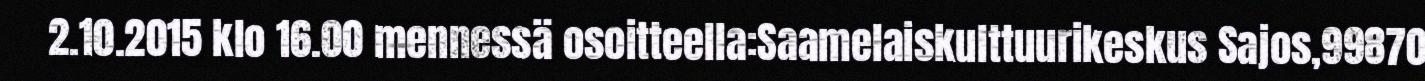
2.10.2015 klo 16.00 mennessä osoitteella:Saamelaiskulttuurikeskus Sajos,99870